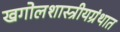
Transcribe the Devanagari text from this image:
खगोलशास्त्रीयग्रंथात